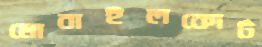
মোবাইলকোর্ট